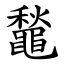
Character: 䵸